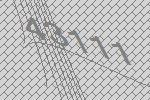
43111